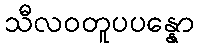
သီလဝတူပပန္နော